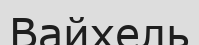
Вайхель